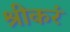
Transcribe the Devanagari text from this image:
श्रीकरं